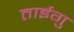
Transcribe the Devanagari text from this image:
ताईगु